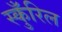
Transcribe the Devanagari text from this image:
स्कुँरिल